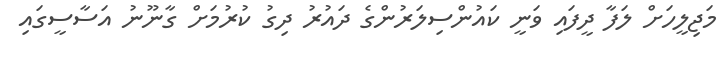
މަޖިލީހަށް ލަފާ ދީފައި ވަނީ ކައުންސިލަރުންގެ ދައުރު ދިގު ކުރުމަށް ގާނޫނު އަސާސީގައި